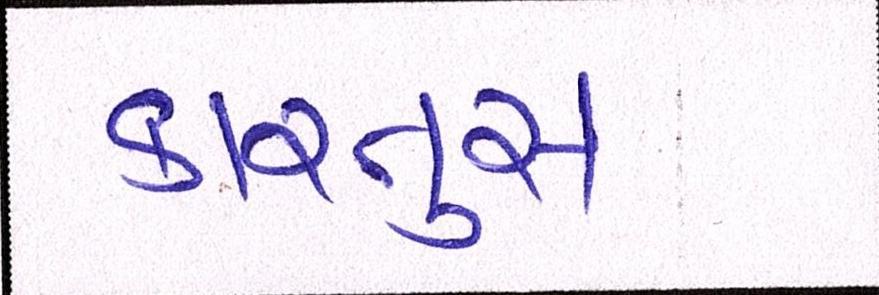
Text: કારતુસ